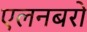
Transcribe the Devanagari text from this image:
एलनबरो